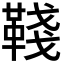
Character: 𩋋